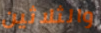
والثلاثين